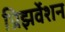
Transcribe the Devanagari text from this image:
प्रिझर्वेशन